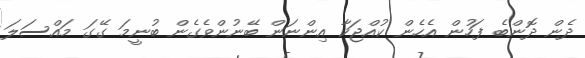
ދެން ދޮންބެ ފަހުން އެހެން ކުއްޖަކާ އިންނަން ބޭނުންވެގެން ބުނީމަ ގޭގަ މައްސަލަ